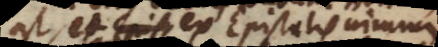
est, et ex epistolis nimium